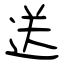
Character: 送